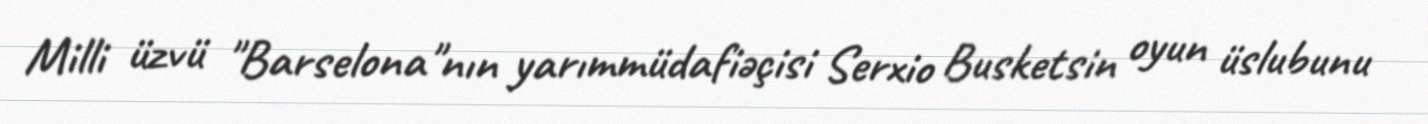
Milli üzvü "Barselona"nın yarımmüdafiəçisi Serxio Busketsin oyun üslubunu